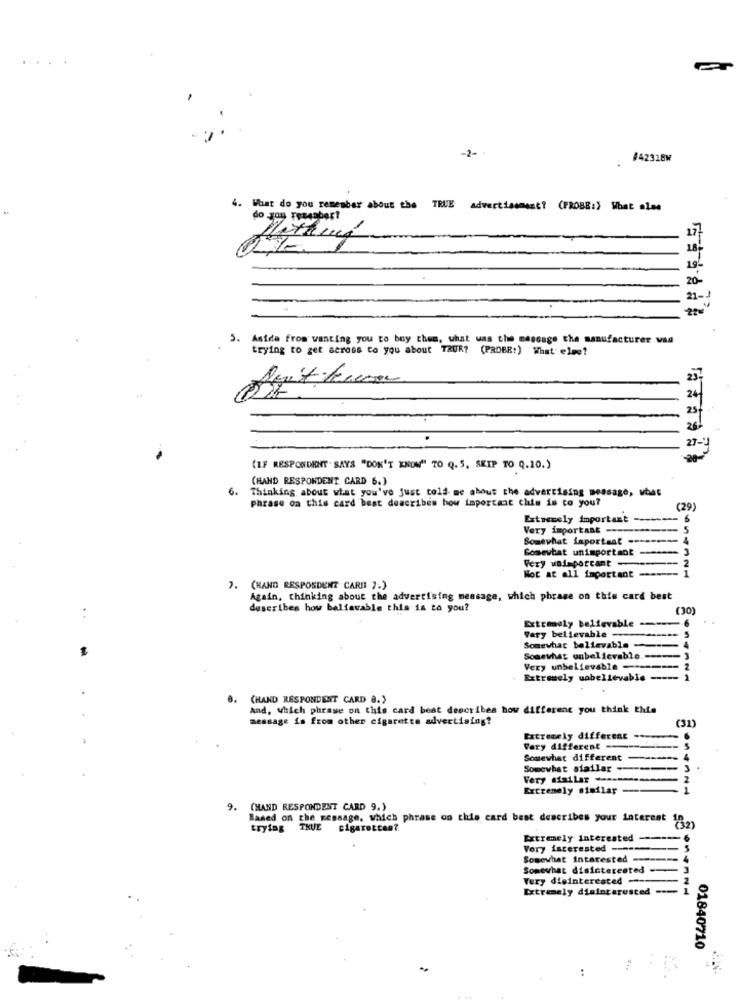
-2- -
#42318W
4. What do you remember about the TRUE advertisement? (PROBE:) What ales
do you remenber?
177
18
zo-
21-1
5. Aside From wanting you to bey them, what was the message the manufacturer van
trying to get across to you about TRUR? (PROBE:) What else?
25
26
27-
(IF RESPONDENT . SAYS "DON'T KNOW" TO Q. 5, SKIP TO Q.10.)
(HAND RESPONDENT CARD 6.)
6.
Thinking about what you've just told me about the advertising message, what
phrase on this card best describes how important this is co you?
(29)
Extremely important ----
Very important ------
Somewhat important --
Somewhat unimportant
. 3
Very walsportant-
Not at all important
7. (KANG RESPOSDENT CARD 7.)
Again, thinking about the advertising message, which phrase on this card best
describes how believable this is to you?
(30)
..
Extremely believable
Pary believable ----
Somewhat believable-
Somewhat unbelievable.
Very unbelievable --
Extremely unbelievable -----
. (HAND RESPONDENT CARD 8.)
And, which phrase on this card best describes how different you think this
message is from other cigarette advertising?
(31)
Extremely different
Vary different ------
Somewhat different
-
Somewhat afallar ----
Very siailar ---
Extremely similar
9.
(HAND RESPONDENT CARD 9.)
Based on the message, which phrase on this card best describes your interest
trying TRUE cigarettes?
Extremely interested
Very interested
-
Somewhat interested -------
Somewhat disinterested --
Very disinterested --
Extremely disinterested
01840710
: